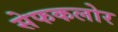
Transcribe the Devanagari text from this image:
सेफकलोर